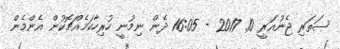
ސަތަރި ޖެނުއަރީ 10